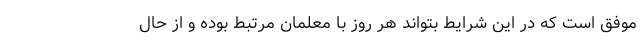
موفق است که در این شرایط بتواند هر روز با معلمان مرتبط بوده و از حال